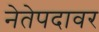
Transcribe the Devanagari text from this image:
नेतेपदावर